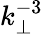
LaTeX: k_{\perp}^{-3}